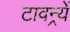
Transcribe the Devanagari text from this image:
टावन्र्यें